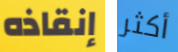
إنقاذه أكثر